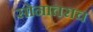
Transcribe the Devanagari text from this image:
सोनातराच